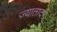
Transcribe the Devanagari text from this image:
ज़्यातादर